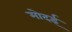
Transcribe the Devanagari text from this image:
मोदई